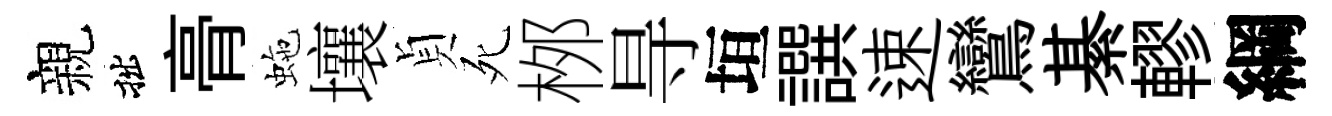
親拙𮌔虵壤貞死桞㝵垣譔速鸞綦轇綱